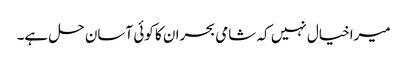
میراخیال نہیں کہ شامی بحران کا کوئی آسان حل ہے۔